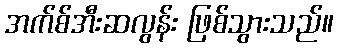
အက်စ်အီးဆလွန်း ဖြစ်သွားသည်။